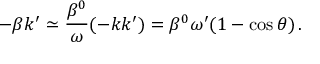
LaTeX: - \beta k ^ { \prime } \simeq \frac { \beta ^ { 0 } } { \omega } ( - k k ^ { \prime } ) = \beta ^ { 0 } \omega ^ { \prime } ( 1 - \cos \theta ) \, .